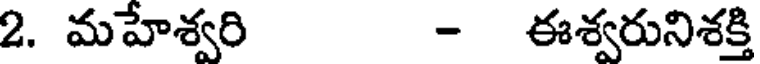
2. మహేశ్వరి - ఈశ్వరునిశక్తి